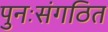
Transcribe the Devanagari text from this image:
पुनःसंगठित